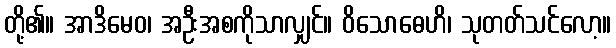
တို့၏။ အာဒိမေဝ၊ အဦးအစကိုသာလျှင်။ ဝိသောဓေဟိ၊ သုတတ်သင်လော့။